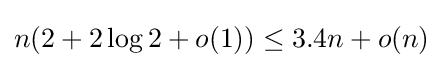
n(2+2\log 2+o(1))\leq 3.4n+o(n)